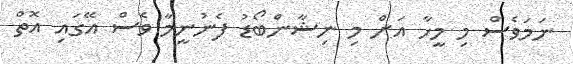
ނަމަވެސް މި މީހާ އަށް މި ނިޝާންބޯޑު ފެނުނީމާ ވެސް އޭގައި އޮތް